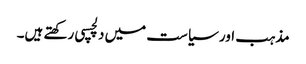
مذہب اور سیاست میں دلچسپی رکھتے ہیں۔